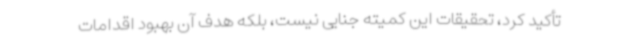
تأکید کرد، تحقیقات این کمیته جنایی نیست، بلکه هدف آن بهبود اقدامات